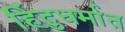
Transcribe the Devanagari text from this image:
हिंदुधर्मात